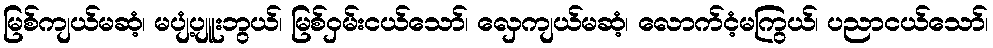
မြစ်ကျယ်မဆံ့၊ မပျံ့ပျူးဘွယ်၊ မြစ်ဝှမ်းငယ်သော်၊ လှေကျယ်မဆံ့၊ လောက်ငံ့မကြွယ်၊ ပညာငယ်သော်၊